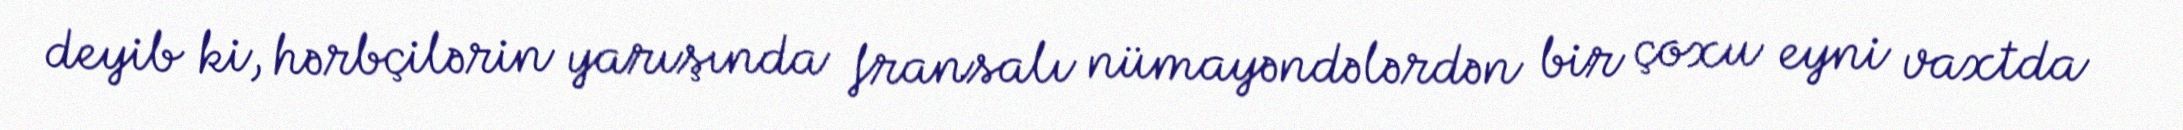
deyib ki, hərbçilərin yarışında fransalı nümayəndələrdən bir çoxu eyni vaxtda